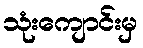
သုံးကျောင်းမှ